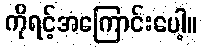
ကိုရင့်အကြောင်းပေါ့။